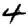
Digit: 4